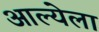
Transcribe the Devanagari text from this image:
आल्येला